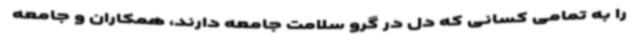
را به تمامی کسانی که دل در گرو سلامت جامعه دارند، همکاران و جامعه